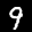
Label: 9